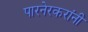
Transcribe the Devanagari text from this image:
पारनेरकरांनी